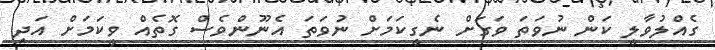
ގެއްލުވާލީ ކަން ނުވަތަ ވަގަށް ނެގީކަމަށް ނުވަތަ އެނޫންވެސް ގޮތެއް ވީކަމަށް އަދި